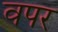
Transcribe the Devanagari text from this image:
वपर